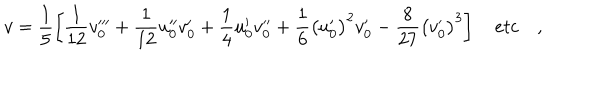
LaTeX: v = \frac { 1 } { 5 } \left[ \frac { 1 } { 1 2 } v _ { 0 } ^ { \prime \prime \prime } + \frac { 1 } { 1 2 } u _ { 0 } ^ { \prime \prime } v _ { 0 } ^ { \prime } + \frac { 1 } { 4 } u _ { 0 } ^ { \prime } v _ { 0 } ^ { \prime \prime } + \frac { 1 } { 6 } \left( u _ { 0 } ^ { \prime } \right) ^ { 2 } v _ { 0 } ^ { \prime } - \frac { 8 } { 2 7 } \left( v _ { 0 } ^ { \prime } \right) ^ { 3 } \right] \quad e t c \quad ,